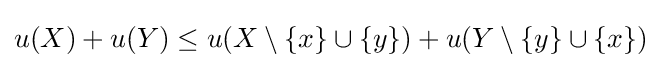
u(X)+u(Y)\leq u(X\setminus \{x\}\cup \{y\})+u(Y\setminus \{y\}\cup \{x\})